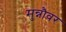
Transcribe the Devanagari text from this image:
मुन्नौवर